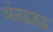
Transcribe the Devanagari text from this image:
अंतद्वद्वद्व